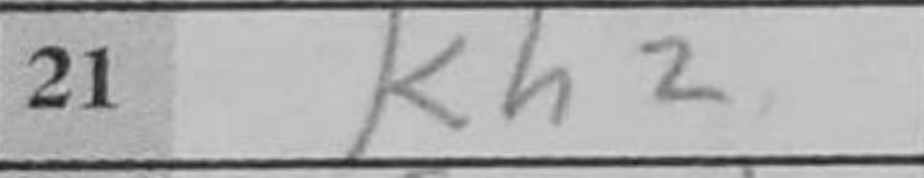
Transcription: Kh2